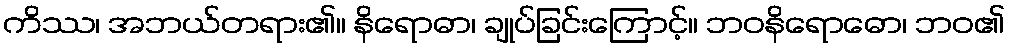
ကိဿ၊ အဘယ်တရား၏။ နိရောဓာ၊ ချုပ်ခြင်းကြောင့်။ ဘဝနိရောဓော၊ ဘဝ၏